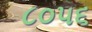
૮૦૫૬